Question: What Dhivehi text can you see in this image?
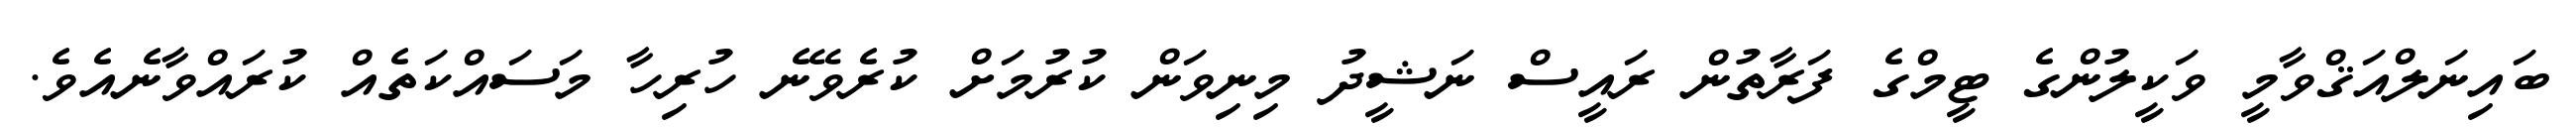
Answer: ބައިނަލްއަޤްވާމީ ވަކީލުންގެ ޓީމްގެ ފަރާތުން ރައީސް ނަޝީދު މިނިވަން ކުރުމަށް ކުރެވޭނެ ހުރިހާ މަސައްކަތެއް ކުރައްވާނެއެވެ.